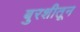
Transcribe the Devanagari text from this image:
बुरशीतून